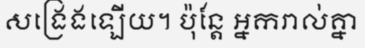
សង្រេងឡើយ។ ប៉ុន្តែ អ្នករាល់គ្នា